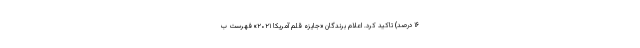
۱۶ درصد) تاکید کرد. اعلام برندگان «جایزه قلم آمریکا ۲۰۲۱» فهرست ب